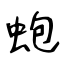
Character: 蚫